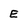
Character: E